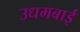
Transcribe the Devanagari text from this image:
उधमबाई